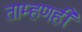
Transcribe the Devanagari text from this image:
ताम्हणही